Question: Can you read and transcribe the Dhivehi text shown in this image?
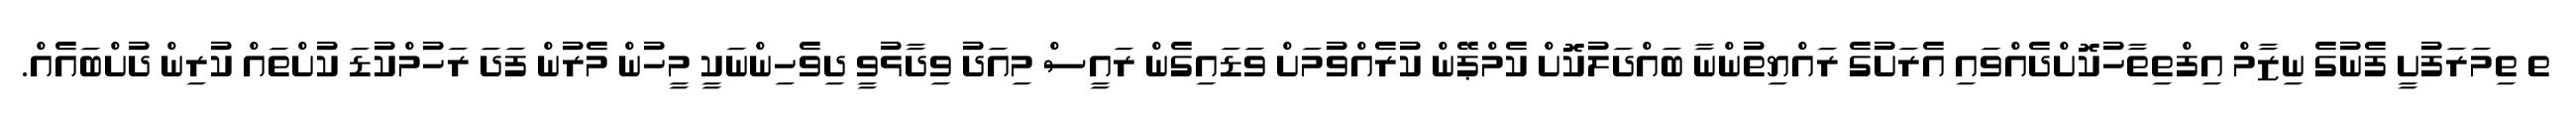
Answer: ތ ތިމަރަފުށީ ފެނުގެ ނިޒާމް އިފްތިތާހުކޮށްދެއްވައި އެރަށުގެ ރައްޔިތުންނާ ބައްދަލުކޮށް ކެމްޕޭން ކުރެއްވުމަށް ވަޑައިގެން ރައީސް މިއަދު ވިދާޅުވީ ދިވެހިންނަކީ މީހުން މެރުން ފަދަ ރަހުމްކުޑަ ކުށްތައް ކުރިން ދުށްބައެއް.